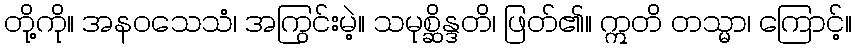
တို့ကို။ အနဝသေသံ၊ အကြွင်းမဲ့။ သမုစ္ဆိန္ဒတိ၊ ဖြတ်၏။ ဣတိ တသ္မာ၊ ကြောင့်။